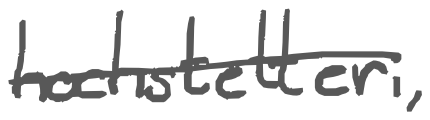
Text: hochstetteri,
Cross-out: single-line
Writing tool: digital_gray